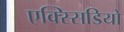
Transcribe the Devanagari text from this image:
एक्स्सिडियो